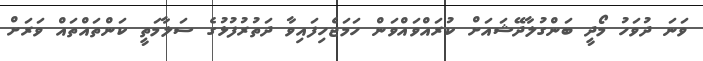
ވަނަ ދުވަހު މޯދީ ބަންގުލާދޭޝައަށް ކުރައްވައްވަން ހަމަޖެހިފައިވާ ދަތުރުފުޅުގެ ސަލާމަތީ ކަންތައްތައް ވަރަށް